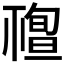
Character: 𥛠